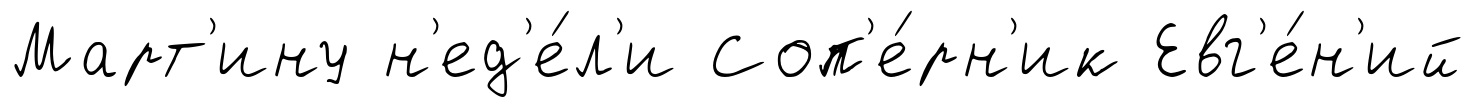
Март'ину н'ед'е́л'и Соп'е́рн'ик Евг'е́н'ий